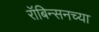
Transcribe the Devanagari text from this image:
रॉबिन्सनच्या